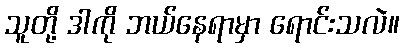
သူတို့ ဒါကို ဘယ်နေရာမှာ ရောင်းသလဲ။